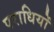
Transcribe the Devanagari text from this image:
पराधियों